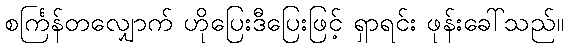
စင်္ကြန်တလျှောက် ဟိုပြေးဒီပြေးဖြင့် ရှာရင်း ဖုန်းခေါ်သည်။